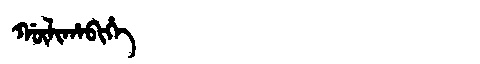
Manchu: ᡤᡡᠯᡳᡥᠠᠪᡳᡥᡝ
Romanization: GŪLIHABIHE